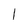
Character: 1